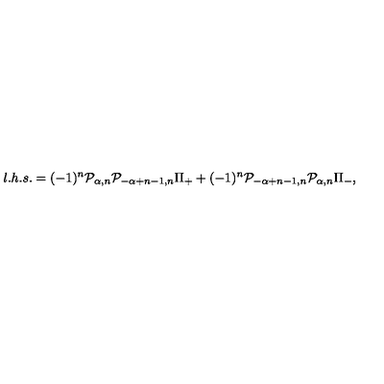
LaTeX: l . h . s . = ( - 1 ) ^ { n } { \cal P } _ { \alpha , n } { \cal P } _ { - \alpha + n - 1 , n } \Pi _ { + } + ( - 1 ) ^ { n } { \cal P } _ { - \alpha + n - 1 , n } { \cal P } _ { \alpha , n } \Pi _ { - } ,